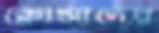
ক্লোসাদের